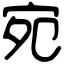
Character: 宛